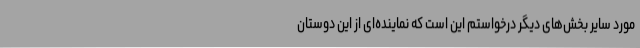
مورد سایر بخش‌های دیگر درخواستم این است که نماینده‌ای از این دوستان